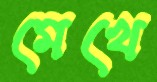
মেখে